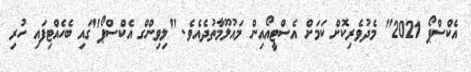
އެކްސްޕޯ 2021" މެދުވެރިކޮށް ކަމަށް އެސްޓީއޯއިން މައުލޫމާތުދެއެވެ. "ލިވިންގް އެކްސްޕޯ"ގައި ބެހެއްޓިފައި ހުރި